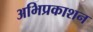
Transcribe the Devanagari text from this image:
अभिप्रकाशन